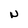
Character: N